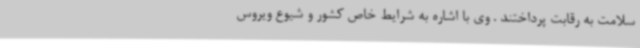
سلامت به رقابت پرداختند . وی با اشاره به شرایط خاص کشور و شیوع ویروس